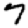
Digit: 7